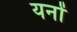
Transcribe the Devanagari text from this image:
यनों